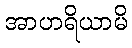
အာဟရိယာမိ